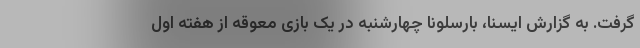
گرفت. به گزارش ایسنا، بارسلونا چهارشنبه در یک بازی معوقه از هفته اول